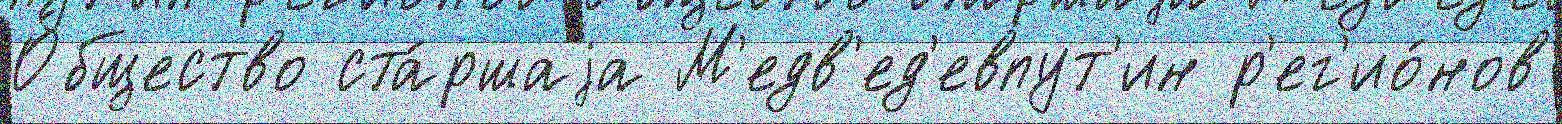
О́бщество ста́ршаjа М'едв'ед'евпут'ин р'ег'ио́нов